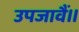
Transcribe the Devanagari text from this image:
उपजावैं।।